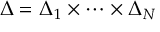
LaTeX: \Delta = \Delta _ { 1 } \times \cdots \times \Delta _ { N }